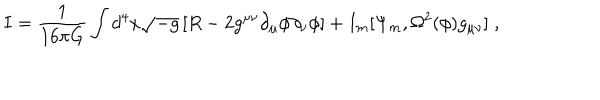
LaTeX: { I } = \frac { 1 } { 1 6 \pi G } \int d ^ { 4 } x \sqrt { - g } \left[ R - 2 g ^ { \mu \nu } \partial _ { \mu } \phi \partial _ { \nu } \phi \right] + I _ { m } [ \Psi _ { m } , \Omega ^ { 2 } ( \phi ) g _ { \mu \nu } ] \; ,